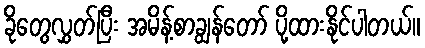
ခိုတွေလွှတ်ပြီး အမိန့်စာချွန်တော် ပို့ထားနိုင်ပါတယ်။